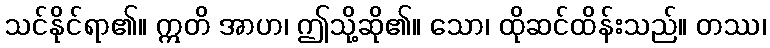
သင်နိုင်ရာ၏။ ဣတိ အာဟ၊ ဤသို့ဆို၏။ သော၊ ထိုဆင်ထိန်းသည်။ တဿ၊